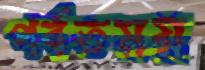
পর্বতময়